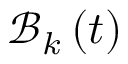
\mathcal { B } _ { k } \left( t \right)